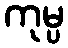
ကုမ္ပ